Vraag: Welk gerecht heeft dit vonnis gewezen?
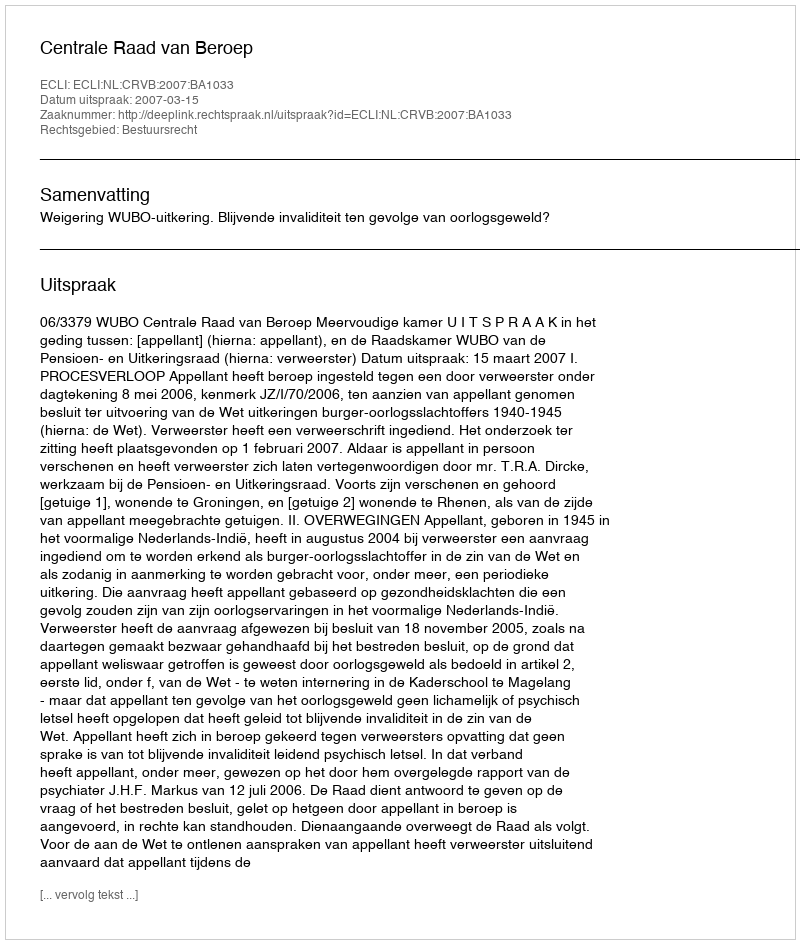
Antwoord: Centrale Raad van Beroep